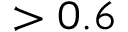
> 0 . 6